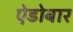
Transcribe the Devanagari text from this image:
ऐडोबार